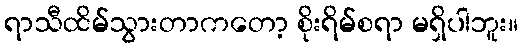
ရာသီထိမ်သွားတာကတော့ စိုးရိမ်စရာ မရှိပါဘူး။